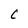
Character: C